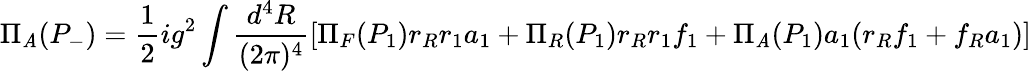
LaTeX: \Pi_{\mathit{A}}(P_{-})=\frac{{1}}{{2}}ig^{2}\int\frac{{d^{4}R}}{{(2\pi)^{4}}}[\Pi_{F}(P_{1})r_{R}r_{1}a_{1}+\Pi_{R}(P_{1})r_{R}r_{1}f_{1}+\Pi_{\mathit{A}}(P_{1})a_{1}(r_{R}f_{1}+f_{R}a_{1})]